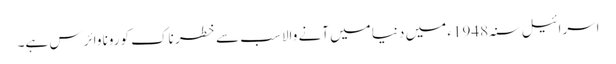
اسرائیل سنہ1948ء میں دنیا میں آنے والا سب سے خطر ناک کورونا وائرس ہے۔